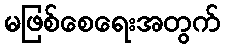
မဖြစ်စေရေးအတွက်